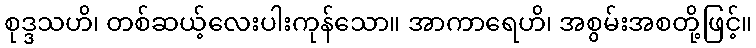
စုဒ္ဒသဟိ၊ တစ်ဆယ့်လေးပါးကုန်သော။ အာကာရေဟိ၊ အစွမ်းအစတို့ဖြင့်။